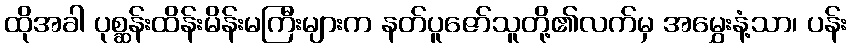
ထိုအခါ ပုစ္ဆန်းထိန်းမိန်းမကြီးများက နတ်ပူဇော်သူတို့၏လက်မှ အမွှေးနံ့သာ၊ ပန်း